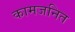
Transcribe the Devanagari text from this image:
कामजनित